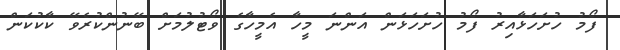
ފޯމު ހުށަހަޅާއިރު ފޯމު ހުށަހަޅަން އަންނަ މީހާ އެމީހާގެ ވޯޓުލުމަށް ބޭނުންކުރެވޭ ކާކުކަން